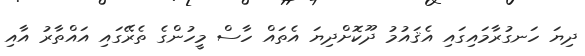
ދިޔަ ހަނގުރާމައިގައި އެޤައުމު ދޫކޮށްދިޔަ އެތަައް ހާސް މީހުންގެ ތެރޭގައި އައްތާރު އާއި